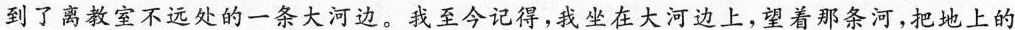
到了离教室不远处的一条大河边。我至今记得，我坐在大河边上，望着那条河，把地上的